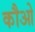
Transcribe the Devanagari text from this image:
कौओ